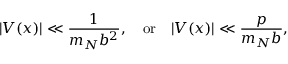
| V ( x ) | \ll \frac { 1 } { m _ { N } b ^ { 2 } } , \quad \mathrm { o r } \quad | V ( x ) | \ll \frac { p } { m _ { N } b } ,